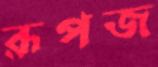
রূপজ